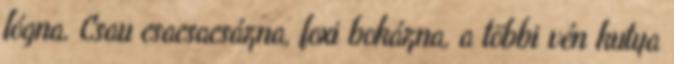
lógna. Csau csacsacsázna, foxi bokázna, a többi vén kutya